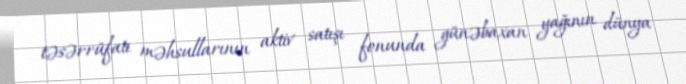
təsərrüfatı məhsullarının aktiv satışı fonunda günəbaxan yağının dünya